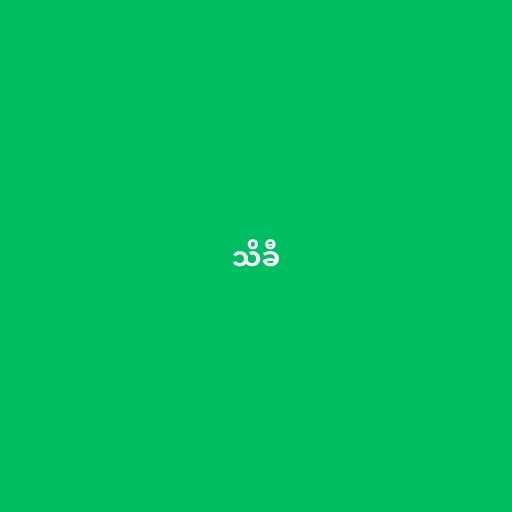
သိခီ